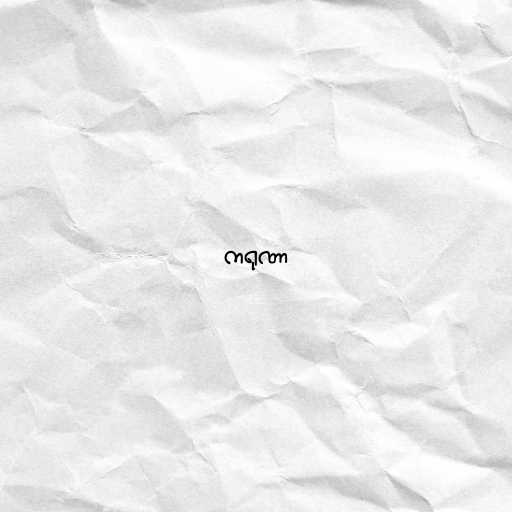
ကရုဏာ